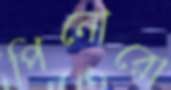
পিনোরো